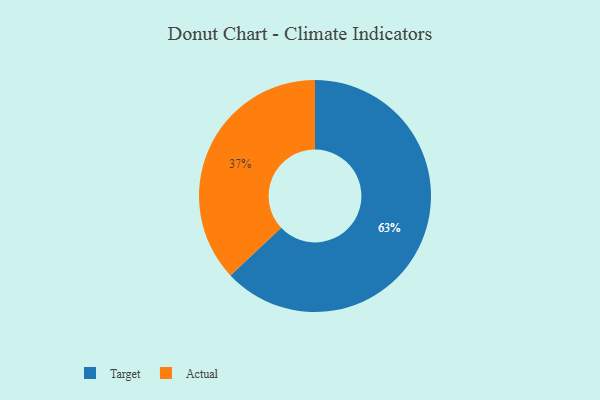
{"axis": {"x": "Category", "y": "Percentage"}, "legend": ["Actual", "Target"], "data": [{"x": "Target", "y": 63, "type": "Target"}, {"x": "Actual", "y": 37, "type": "Actual"}]}